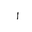
Letter: _alif